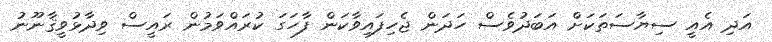
އަދި އެއީ ސިޔާސަތަކަށް އަބަދުވެސް ހަދަން ޖެހިފައިވާކަން ފާހަގަ ކުރައްވަމުން ރައީސް ވިދާޅުވީޤާނޫނު